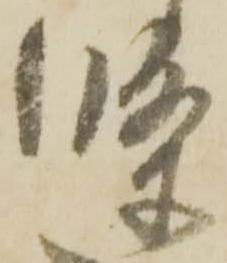
條